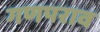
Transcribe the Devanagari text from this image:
गणपराव